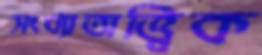
সংখ্যাতাত্ত্বিক